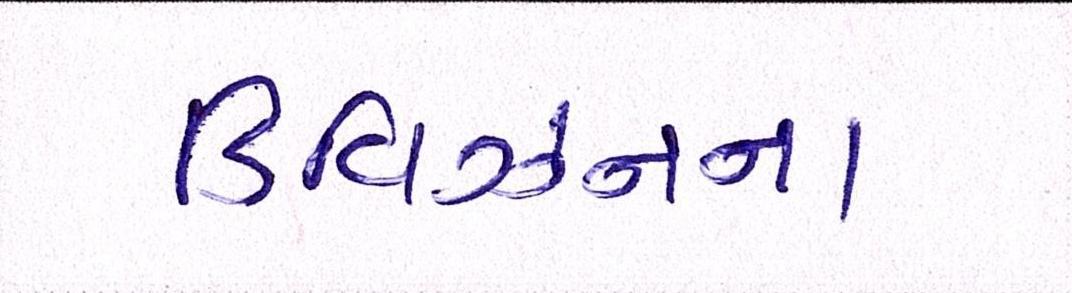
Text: ડિવિઝનના